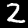
Label: 2